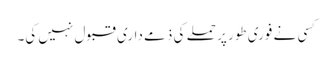
کسی نے فوری طور پر حملے کی ذمے داری قبول نہیں کی۔